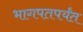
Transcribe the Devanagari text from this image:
भागपतपर्यंत